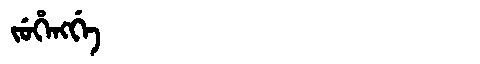
Manchu: ᠵᡠᡥᡝᠩᡤᡝ
Romanization: JUHENGGE